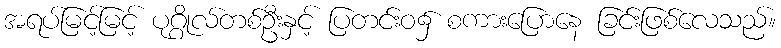
အရပ်မြင့်မြင့် ပုဂ္ဂိုလ်တစ်ဦးနှင့် ပြတင်းဝ၌ စကားပြောနေ ခြင်းဖြစ်လေသည်။